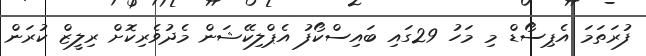
ފުރަތަމަ އެޕިސޯޑް މި މަހު 29ގައި ބައިސްކޯފު އެޕްލިކޭޝަން މެދުވެރިކޮށް ރިލީޒް ކުރަން